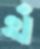
হাঁ